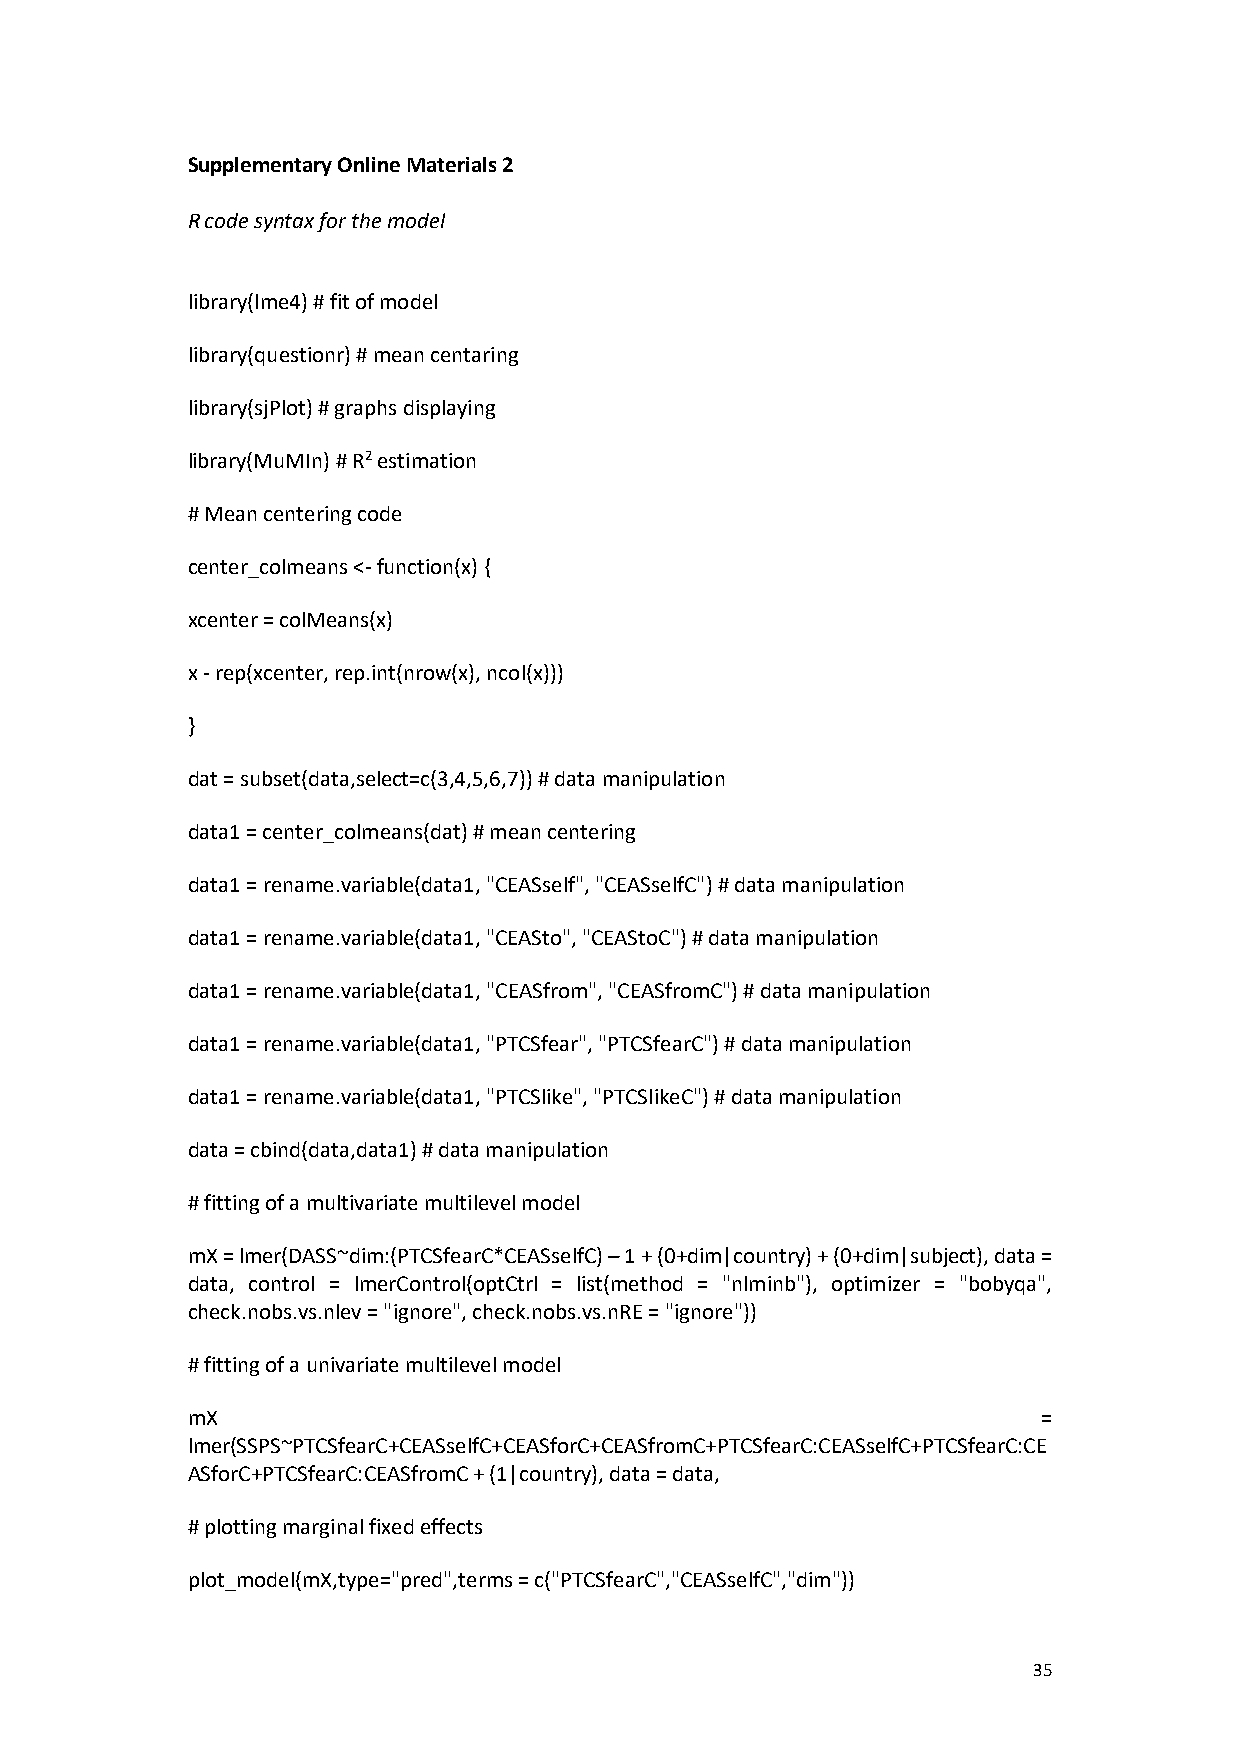
Supplementary Online Materials 2
 R code syntax for the model
 library(lme4) # fit of model
 library(questionr) # mean centaring
 library(sjPlot) # graphs displaying
 library(MuMIn) # R2 estimation
 # Mean centering code
 center_colmeans <- function(x) {
 xcenter = colMeans(x)
 x - rep(xcenter, rep.int(nrow(x), ncol(x)))
 }
 dat = subset(data,select=c(3,4,5,6,7)) # data manipulation
 data1 = center_colmeans(dat) # mean centering
 data1 = rename.variable(data1, "CEASself", "CEASselfC") # data manipulation
 data1 = rename.variable(data1, "CEASto", "CEAStoC") # data manipulation
 data1 = rename.variable(data1, "CEASfrom", "CEASfromC") # data manipulation
 data1 = rename.variable(data1, "PTCSfear", "PTCSfearC") # data manipulation
 data1 = rename.variable(data1, "PTCSlike", "PTCSlikeC") # data manipulation
 data = cbind(data,data1) # data manipulation
 # fitting of a multivariate multilevel model
 mX = lmer(DASS~dim:(PTCSfearC*CEASselfC) – 1 + (0+dim|country) + (0+dim|subject), data =
 data, control = lmerControl(optCtrl = list(method = "nlminb"), optimizer = "bobyqa",
 check.nobs.vs.nlev = "ignore", check.nobs.vs.nRE = "ignore"))
 # fitting of a univariate multilevel model
 mX                                                       =
 lmer(SSPS~PTCSfearC+CEASselfC+CEASforC+CEASfromC+PTCSfearC:CEASselfC+PTCSfearC:CE
 ASforC+PTCSfearC:CEASfromC + (1|country), data = data,
 # plotting marginal fixed effects
 plot_model(mX,type="pred",terms = c("PTCSfearC","CEASselfC","dim"))
 35